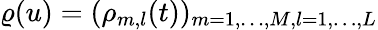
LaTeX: \varrho(u)=(\rho_{m,l}(t))_{m=1,\ldots,M,l=1,\ldots,L}